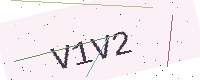
Text: V1V2